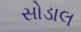
સોડાલ